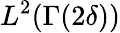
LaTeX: L^{2}(\Gamma(2\delta))